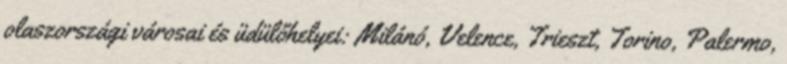
olaszországi városai és üdülőhelyei: Milánó, Velence, Trieszt, Torino, Palermo,